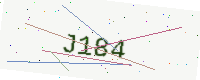
Text: J184